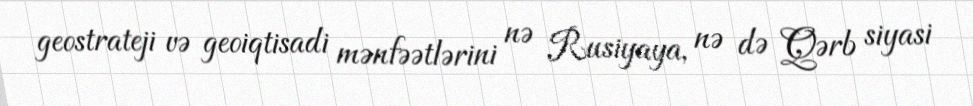
geostrateji və geoiqtisadi mənfəətlərini nə Rusiyaya, nə də Qərb siyasi